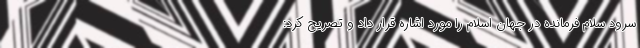
سرود سلام فرمانده در جهان اسلام را مورد اشاره قرار داد و تصریح کرد: